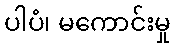
ပါပံ၊ မကောင်းမှု